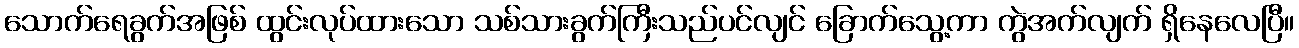
သောက်ရေခွက်အဖြစ် ထွင်းလုပ်ထားသော သစ်သားခွက်ကြီးသည်ပင်လျင် ခြောက်သွေ့ကာ ကွဲအက်လျက် ရှိနေလေပြီ။